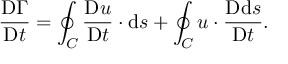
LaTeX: { \frac { \mathrm { D } \Gamma } { \mathrm { D } t } } = \oint _ { C } { \frac { \mathrm { D } { \boldsymbol { u } } } { \mathrm { D } t } } \cdot \mathrm { d } { \boldsymbol { s } } + \oint _ { C } { \boldsymbol { u } } \cdot { \frac { \mathrm { D } \mathrm { d } { \boldsymbol { s } } } { \mathrm { D } t } } .